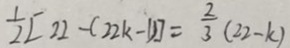
\frac { 1 } { 2 } [ 2 2 - ( 2 2 k - 1 ) ] = \frac { 2 } { 3 } ( 2 2 - k )